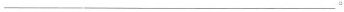
___ 。